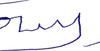
Signature authenticity: forged